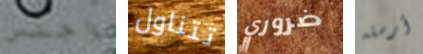
واجلس تتناول ضروري أرسله